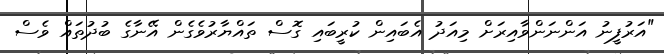
"އަރުފީނު އަންނަންވާއިރަށް މިއަދު އެބައިން ކުރީބައި ގޮސް ތައްޔާރުވެގެން އޭނާގެ ބުދުތައް ވެސް